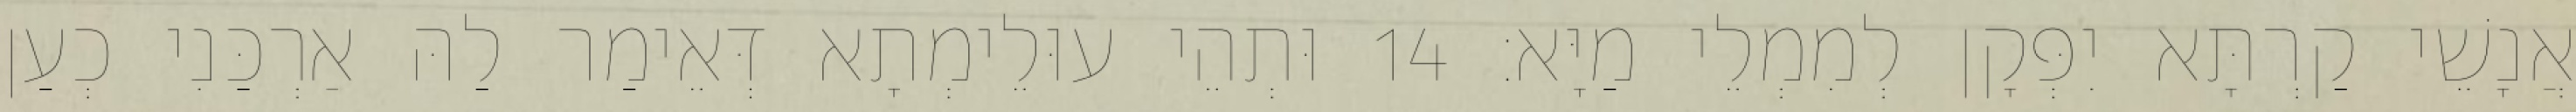
אֲנָשֵׁי קַרְתָּא יִפְּקָן לְמִמְלֵי מַיָּא׃ 14 וּתְהֵי עוּלֵימְתָא דְּאֵימַר לַהּ אַרְכַּנִי כְעַן